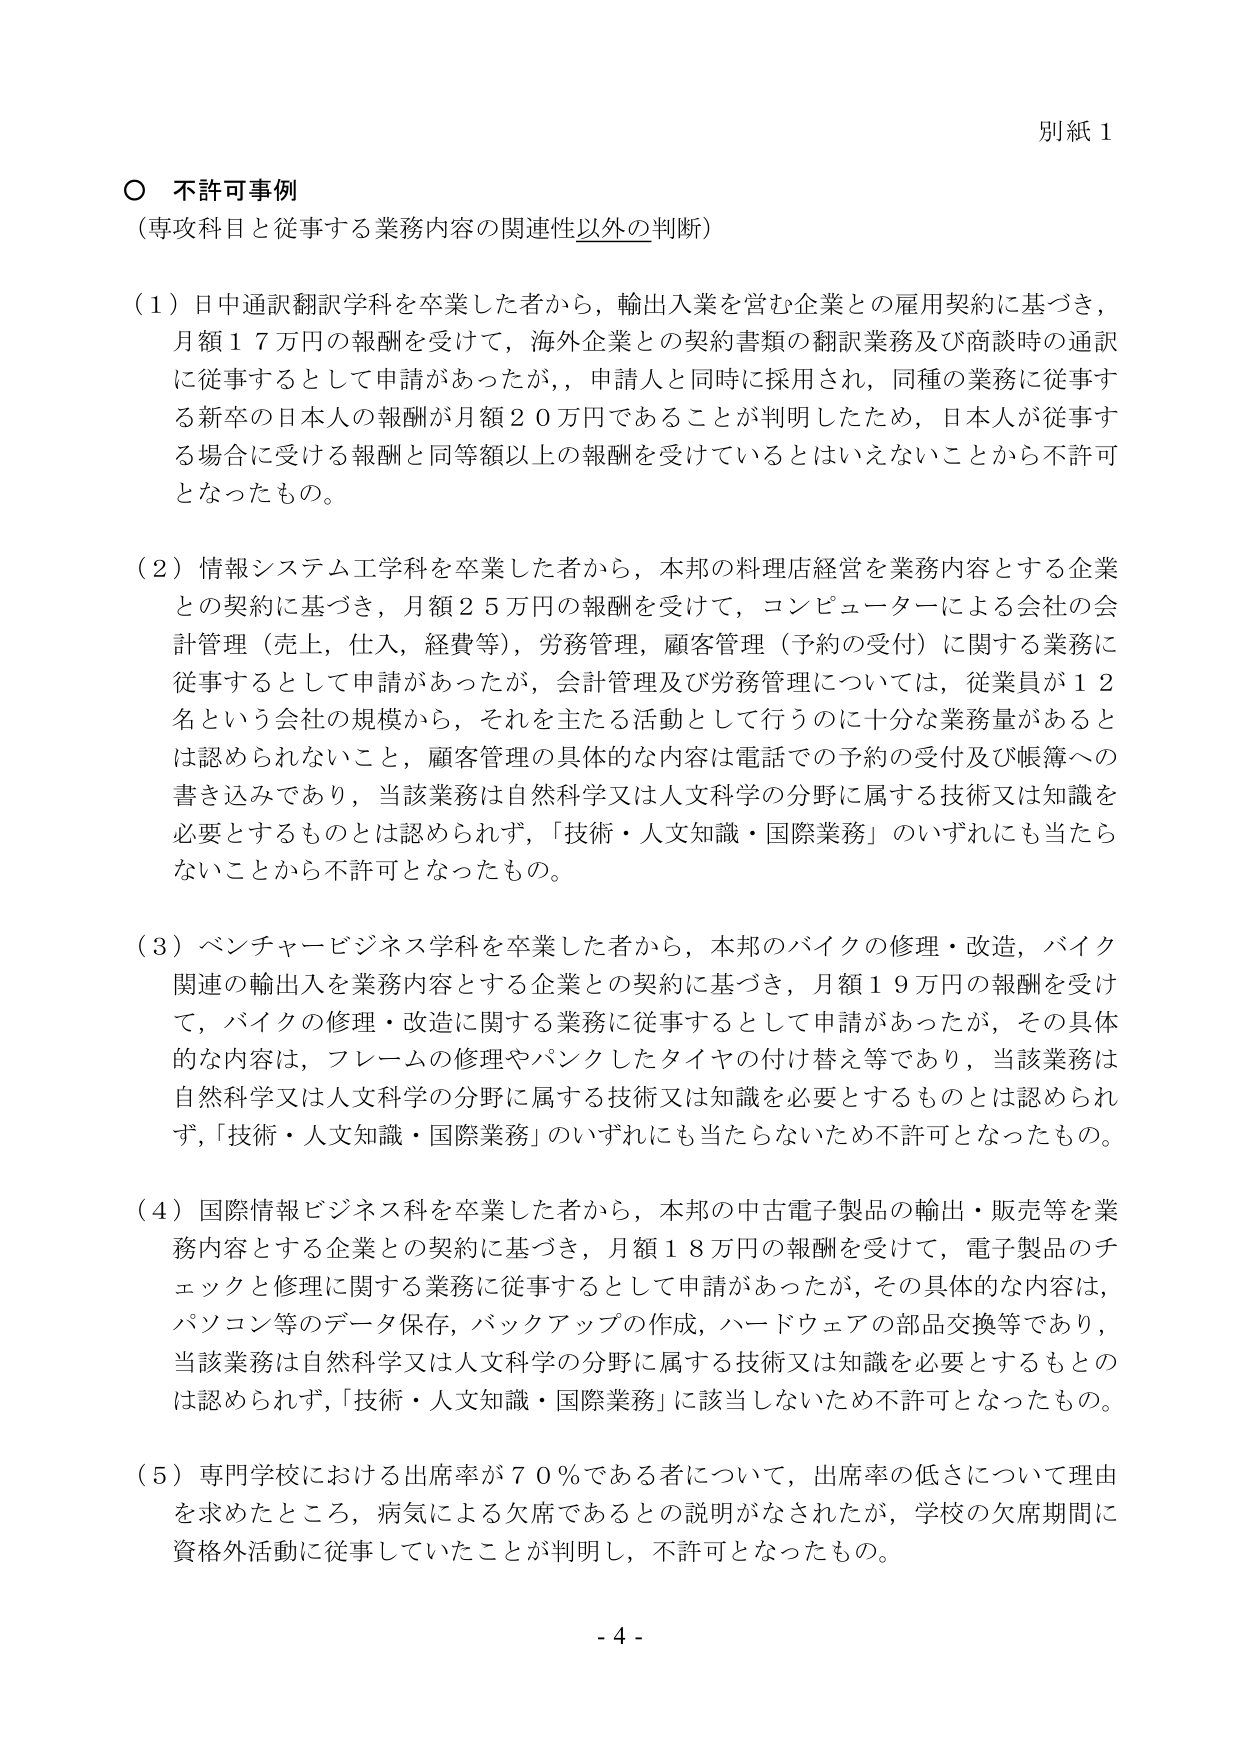
別紙１

○ 不許可事例
（専攻科目と従事する業務内容の関連性以外の判断）

（１）日中通訳翻訳学科を卒業した者から，輸出入業を営む企業との雇用契約に基づき，
月額１７万円の報酬を受けて，海外企業との契約書類の翻訳業務及び商談時の通訳
に従事するとして申請があったが，申請人と同時に採用され，同種の業務に従事す
る新卒の日本人の報酬が月額２０万円であることが判明したため，日本人が従事す
る場合に受ける報酬と同等額以上の報酬を受けているとはいえないことから不許可
となったもの。

（２）情報システム工学科を卒業した者から，本邦の料理店経営を業務内容とする企業
との契約に基づき，月額２５万円の報酬を受けて，コンピューターによる会社の会
計管理（売上，仕入，経費等），労務管理，顧客管理（予約の受付）に関する業務に
従事するとして申請があったが，会計管理及び労務管理については，従業員が１２
名という会社の規模から，それを主たる活動として行うのに十分な業務量があると
は認められないこと，顧客管理の具体的な内容は電話での予約の受付及び帳簿への
書き込みであり，当該業務は自然科学又は人文科学の分野に属する技術又は知識を
必要とするものとは認められず，「技術・人文知識・国際業務」のいずれにも当たら
ないことから不許可となったもの。

（３）ベンチャービジネス学科を卒業した者から，本邦のバイクの修理・改造，バイク
関連の輸出入を業務内容とする企業との契約に基づき，月額１９万円の報酬を受け
て，バイクの修理・改造に関する業務に従事するとして申請があったが，その具体
的な内容は，フレームの修理やパンクしたタイヤの付け替え等であり，当該業務は
自然科学又は人文科学の分野に属する技術又は知識を必要とするものとは認められ
ず，「技術・人文知識・国際業務」のいずれにも当たらなかったため不許可となったもの。

（４）国際情報ビジネス科を卒業した者から，本邦の中古電子製品の輸出・販売等を業
務内容とする企業との契約に基づき，月額１８万円の報酬を受けて，電子製品のチ
ェックと修理に関する業務に従事するとして申請があったが，その具体的な内容は，
パソコン等のデータ保存，バックアップの作成，ハードウェアの部品交換等であり，
当該業務は自然科学又は人文科学の分野に属する技術又は知識を必要とするものと
は認められず，「技術・人文知識・国際業務」に該当しないため不許可となったもの。

（５）専門学校における出席率が７０％である者について，出席率の低さについて理由
を求めたところ，病気による欠席であるとの説明がなされたが，学校の欠席期間に
資格外活動に従事していたことが判明し，不許可となったもの。

- 4 -